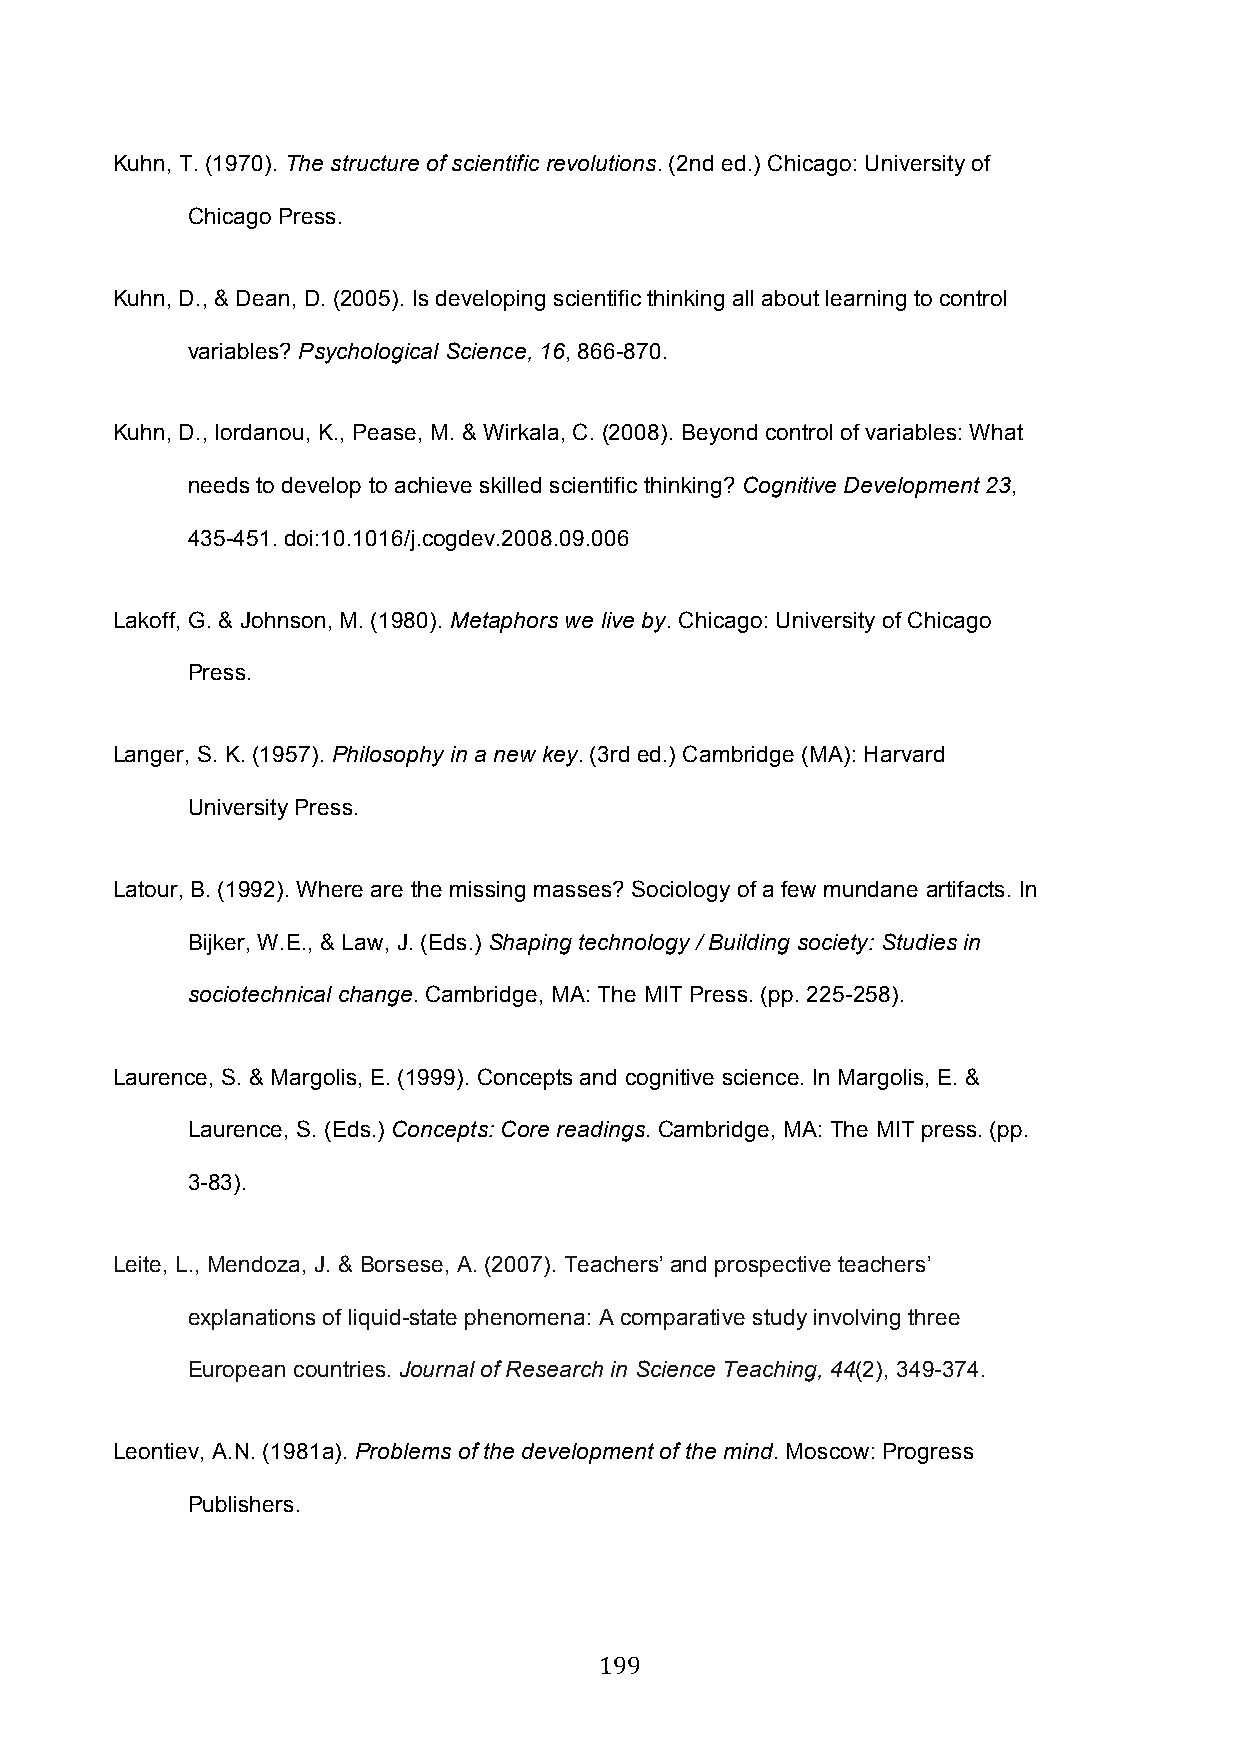
Kuhn, T. (1970). The structure of scientific revolutions. (2nd ed.) Chicago: University of
 Chicago Press.
 Kuhn, D., & Dean, D. (2005). Is developing scientific thinking all about learning to control
 variables? Psychological Science, 16, 866-870.
 Kuhn, D., Iordanou, K., Pease, M. & Wirkala, C. (2008). Beyond control of variables: What
 needs to develop to achieve skilled scientific thinking? Cognitive Development 23,
 435-451. doi:10.1016/j.cogdev.2008.09.006
 Lakoff, G. & Johnson, M. (1980). Metaphors we live by. Chicago: University of Chicago
 Press.
 Langer, S. K. (1957). Philosophy in a new key. (3rd ed.) Cambridge (MA): Harvard
 University Press.
 Latour, B. (1992). Where are the missing masses? Sociology of a few mundane artifacts. In
 Bijker, W.E., & Law, J. (Eds.) Shaping technology / Building society: Studies in
 sociotechnical change. Cambridge, MA: The MIT Press. (pp. 225-258).
 Laurence, S. & Margolis, E. (1999). Concepts and cognitive science. In Margolis, E. &
 Laurence, S. (Eds.) Concepts: Core readings. Cambridge, MA: The MIT press. (pp.
 3-83).
 Leite, L., Mendoza, J. & Borsese, A. (2007). Teachers’ and prospective teachers’
 explanations of liquid-state phenomena: A comparative study involving three
 European countries. Journal of Research in Science Teaching, 44(2), 349-374.
 Leontiev, A.N. (1981a). Problems of the development of the mind. Moscow: Progress
 Publishers.
 199